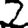
Digit: 2